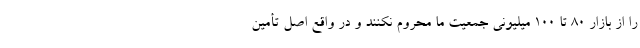
را از بازار ۸۰ تا ۱۰۰ میلیونی جمعیت ما محروم نکنند و در واقع اصل تأمین